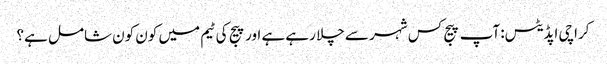
کراچی اپڈیٹس: آپ پیج کس شہر سے چلا رہے ہے اور پیج کی ٹیم میں کون کون شامل ہے؟